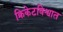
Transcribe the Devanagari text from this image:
क्रिकेटविश्वात